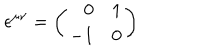
\epsilon ^ { \mu \nu } = \left( \begin{array} { r c } { { 0 } } & { { 1 } } \\ { { - 1 } } & { { 0 } } \\ \end{array} \right)